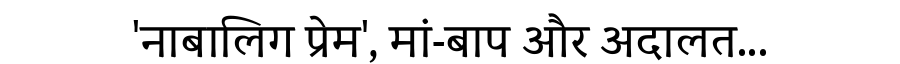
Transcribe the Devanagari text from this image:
'नाबालिग प्रेम', मां-बाप और अदालत...